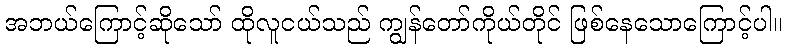
အဘယ်ကြောင့်ဆိုသော် ထိုလူငယ်သည် ကျွန်တော်ကိုယ်တိုင် ဖြစ်နေသောကြောင့်ပါ။